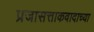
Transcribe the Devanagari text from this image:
प्रजासत्ताकवादाच्या